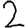
Digit: 2